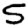
Digit: 5